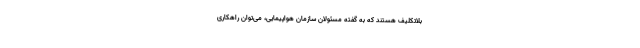
بلاتکلیف هستند که به گفته مسئولان سازمان هواپیمایی، می‌توان راهکاری